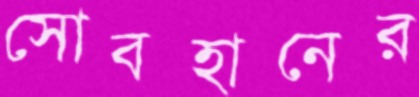
সোবহানের